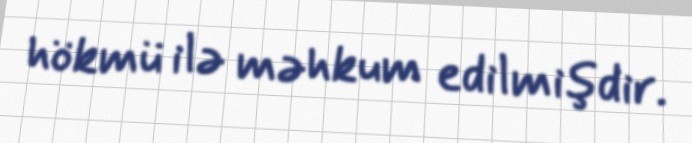
hökmü ilə məhkum edilmişdir.